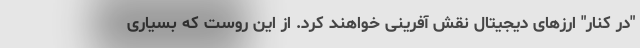
"در کنار" ارزهای دیجیتال نقش آفرینی خواهند کرد. از این روست که بسیاری